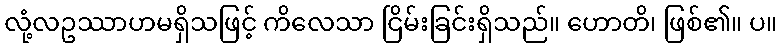
လုံ့လဥဿာဟမရှိသဖြင့် ကိလေသာ ငြိမ်းခြင်းရှိသည်။ ဟောတိ၊ ဖြစ်၏။ ပ။